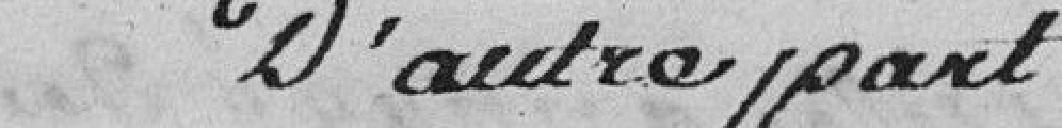
D'autre part